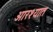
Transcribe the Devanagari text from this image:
आरश्यात